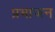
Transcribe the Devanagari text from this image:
प्रभाजन